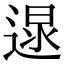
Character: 𨔯